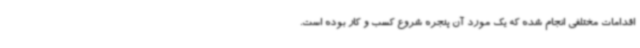
اقدامات مختلفی انجام شده که یک مورد آن پنجره شروع کسب و کار بوده است.